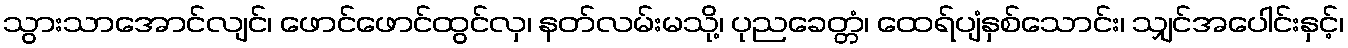
သွားသာအောင်လျင်၊ ဖောင်ဖောင်ထွင်လှ၊ နတ်လမ်းမသို့၊ ပုညခေတ္တံ၊ ထေရ်ပျံနှစ်သောင်း၊ သျှင်အပေါင်းနှင့်၊